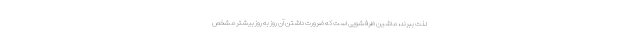
لذت ببرند، ماشین ظرفشویی است که ضرورت داشتن آن روز به روز بیشتر مشخص